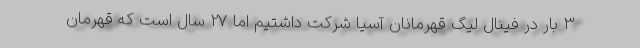
3 بار در فینال لیگ قهرمانان آسیا شرکت داشتیم اما 27 سال است که قهرمان